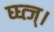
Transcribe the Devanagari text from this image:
घ्घ्त्ज्।